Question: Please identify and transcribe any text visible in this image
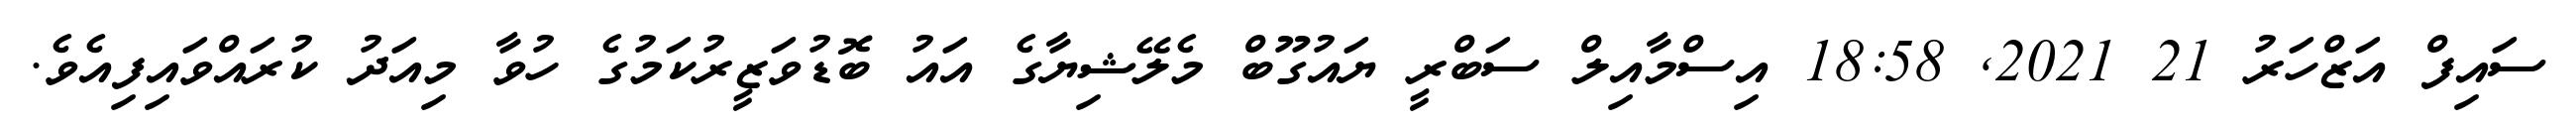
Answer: ސައިފް އަޒްހަރު 21 2021, 18:58 އިސްމާއިލް ސަބްރީ ޔައުގޫބް މެލޭޝިޔާގެ އައު ބޮޑުވަޒީރުކަމުގެ ހުވާ މިއަދު ކުރައްވައިފިއެވެ.